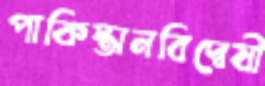
পাকিস্তানবিদ্বেষী